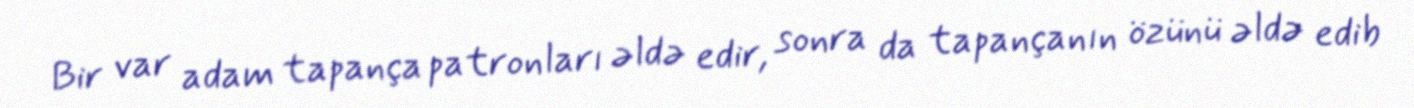
Bir var adam tapança patronları əldə edir, sonra da tapançanın özünü əldə edib